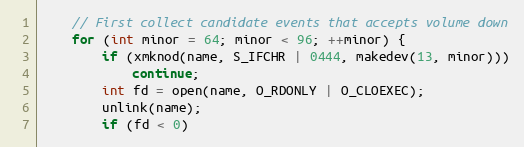
Language: C++
    // First collect candidate events that accepts volume down
    for (int minor = 64; minor < 96; ++minor) {
        if (xmknod(name, S_IFCHR | 0444, makedev(13, minor)))
            continue;
        int fd = open(name, O_RDONLY | O_CLOEXEC);
        unlink(name);
        if (fd < 0)